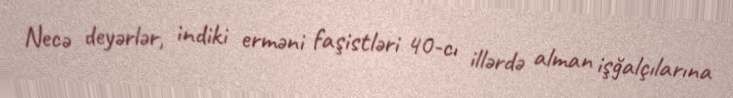
Necə deyərlər, indiki erməni faşistləri 40-cı illərdə alman işğalçılarına